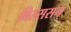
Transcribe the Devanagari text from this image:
विल्ससन